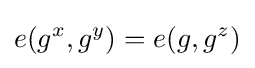
e(g^{x},g^{y})=e(g,g^{z})